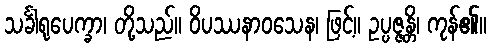
သင်္ခါရုပေက္ခာ၊ တို့သည်။ ဝိပဿနာဝသေန၊ ဖြင့်။ ဥပ္ပဇ္ဇန္တိ၊ ကုန်၏။